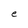
Character: e